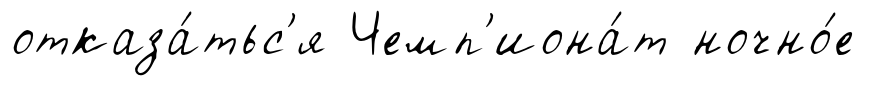
отказа́тьс'я Чемп'иона́т ночно́е